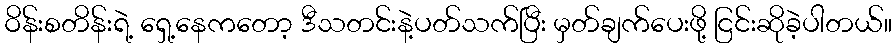
ဝိန်းစတိန်းရဲ့ ရှေ့နေကတော့ ဒီသတင်းနဲ့ပတ်သက်ပြီး မှတ်ချက်ပေးဖို့ ငြင်းဆိုခဲ့ပါတယ်။